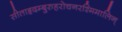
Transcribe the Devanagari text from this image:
सीताहृदम्बुरुहरोचनरश्मिमालिन्